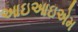
આઇઆઇએમ